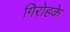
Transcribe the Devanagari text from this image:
गिरोहके